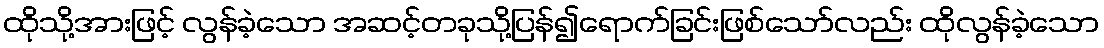
ထိုသို့အားဖြင့် လွန်ခဲ့သော အဆင့်တခုသို့ပြန်၍ရောက်ခြင်းဖြစ်သော်လည်း ထိုလွန်ခဲ့သော